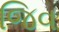
જિવ